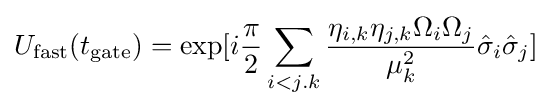
U_{\rm {fast}}(t_{\rm {gate}})=\exp[i{\frac {\pi }{2}}\sum _{i<j.k}{\frac {\eta _{i,k}\eta _{j,k}\Omega _{i}\Omega _{j}}{\mu _{k}^{2}}}{\hat {\sigma }}_{i}{\hat {\sigma }}_{j}]